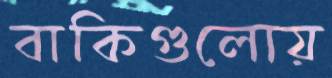
বাকিগুলোয়